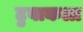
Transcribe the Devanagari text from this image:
टुवाकला